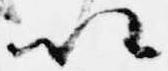
以